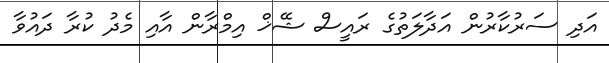
އަދި ސަރުކާރުން އަދާލަތުގެ ރައީސް ޝޭޚް އިމްރާން އާއި މެދު ކުރާ ދައުވާ